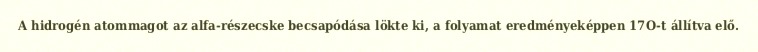
A hidrogén atommagot az alfa-részecske becsapódása lökte ki, a folyamat eredményeképpen 17O-t állítva elő.